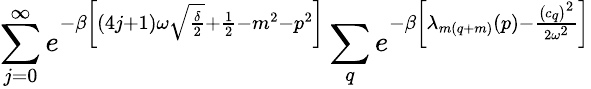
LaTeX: \sum_{j=0}^{\infty}e^{-\beta\left[(4j+1)\omega\sqrt{\frac{\delta}{2}}+\frac{1}{2}-m^{2}-p^{2}\right]}\sum_{q}e^{-\beta\left[\lambda_{m(q+m)}\left(p\right)-\frac{\left(c_{q}\right)^{2}}{2\omega^{2}}\right]}